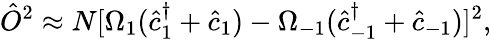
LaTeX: \hat{O}^{2}\approx N[\Omega_{1}(\hat{c}_{1}^{\dagger}+\hat{c}_{1})-\Omega_{-1}(\hat{c}_{-1}^{\dagger}+\hat{c}_{-1})]^{2},